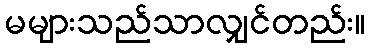
မများသည်သာလျှင်တည်း။